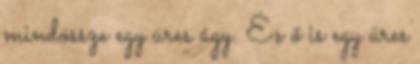
mindössze egy üres ágy. És ő is egy üres